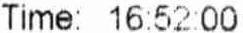
TIME: 16:52:00